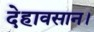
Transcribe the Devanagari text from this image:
देहावसान।